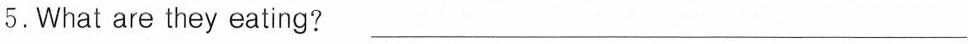
5.What are they eating ? ___